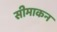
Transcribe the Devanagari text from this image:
सीमाकन